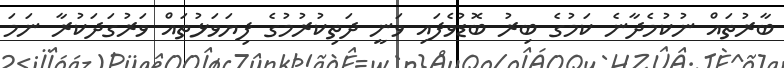
ބާރުތައް ނުކުމެދާނެ ކަމުގެ ބިރު ބޮޑުވެފައި ވަނީ ދަތިކުރުމުގެ ފިޔަވަޅުތައް ވަރުގަދަކުރާ ނަމަ